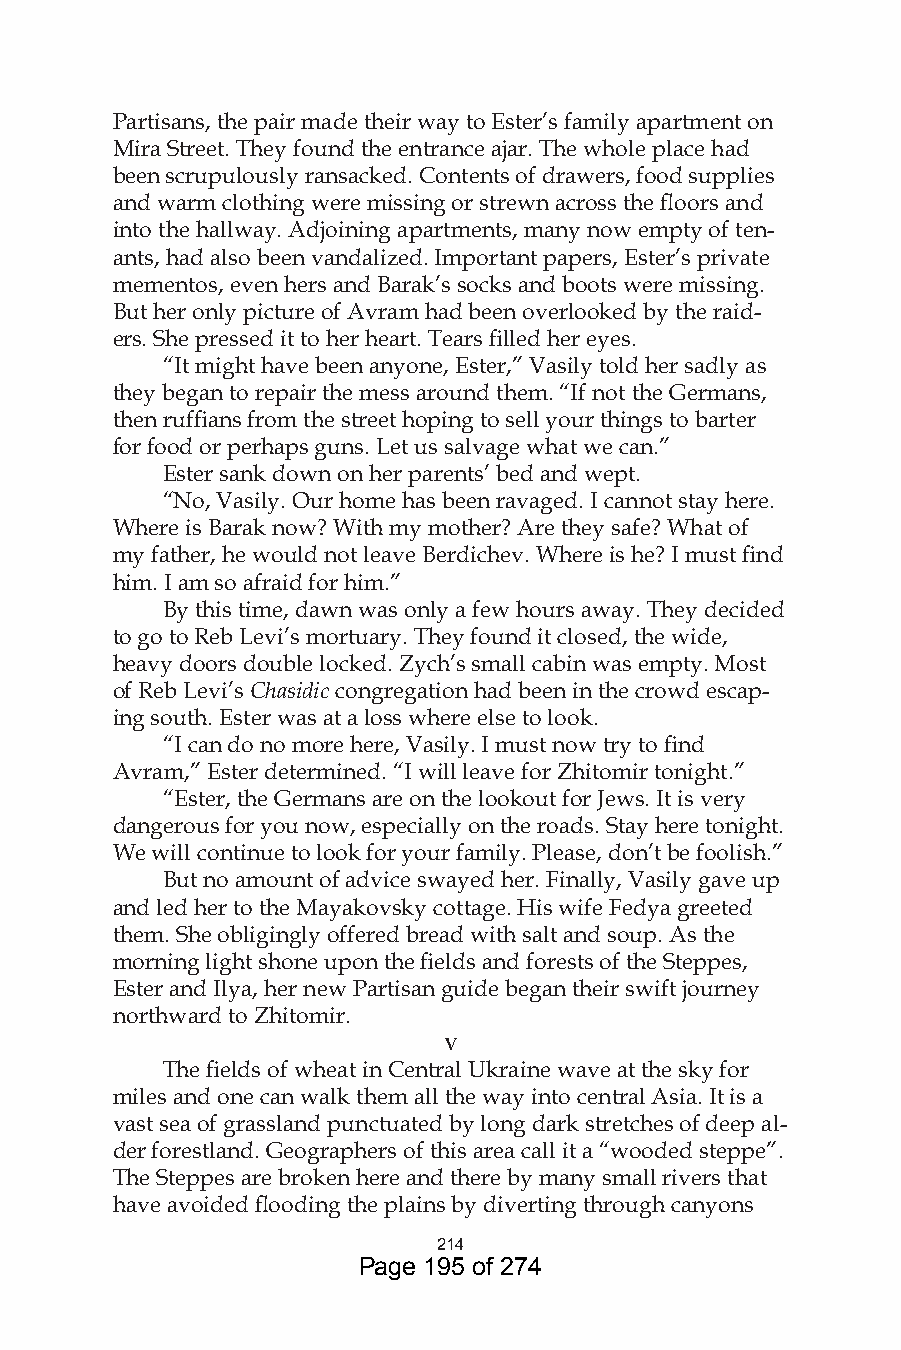
Partisans, the pair made their way to Ester’s family apartment on
 Mira Street. They found the entrance ajar. The whole place had
 been scrupulously ransacked. Contents of drawers, food supplies
 and warm clothing were missing or strewn across the floors and
 into the hallway. Adjoining apartments, many now empty of ten-
 ants, had also been vandalized. Important papers, Ester’s private
 mementos, even hers and Barak’s socks and boots were missing.
 But her only picture of Avram had been overlooked by the raid-
 ers. She pressed it to her heart. Tears filled her eyes.
 “It might have been anyone, Ester,” Vasily told her sadly as
 they began to repair the mess around them. “If not the Germans,
 then ruffians from the street hoping to sell your things to barter
 for food or perhaps guns. Let us salvage what we can.”
 Ester sank down on her parents’ bed and wept.
 “No, Vasily. Our home has been ravaged. I cannot stay here.
 Where is Barak now? With my mother? Are they safe? What of
 my father, he would not leave Berdichev. Where is he? I must find
 him. I am so afraid for him.”
 By this time, dawn was only a few hours away. They decided
 to go to Reb Levi’s mortuary. They found it closed, the wide,
 heavy doors double locked. Zych’s small cabin was empty. Most
 of Reb Levi’s Chasidic congregation had been in the crowd escap-
 ing south. Ester was at a loss where else to look.
 “I can do no more here, Vasily. I must now try to find
 Avram,” Ester determined. “I will leave for Zhitomir tonight.”
 “Ester, the Germans are on the lookout for Jews. It is very
 dangerous for you now, especially on the roads. Stay here tonight.
 We will continue to look for your family. Please, don’t be foolish.”
 But no amount of advice swayed her. Finally, Vasily gave up
 and led her to the Mayakovsky cottage. His wife Fedya greeted
 them. She obligingly offered bread with salt and soup. As the
 morning light shone upon the fields and forests of the Steppes,
 Ester and Ilya, her new Partisan guide began their swift journey
 northward to Zhitomir.
 v
 The fields of wheat in Central Ukraine wave at the sky for
 miles and one can walk them all the way into central Asia. It is a
 vast sea of grassland punctuated by long dark stretches of deep al-
 der forestland. Geographers of this area call it a “wooded steppe”.
 The Steppes are broken here and there by many small rivers that
 have avoided flooding the plains by diverting through canyons
 4
 Page 195 of 274